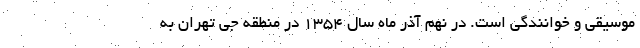
موسیقی و خوانندگی است. در نهم آذر ماه سال ۱۳۵۴ در منطقه جي تهران به